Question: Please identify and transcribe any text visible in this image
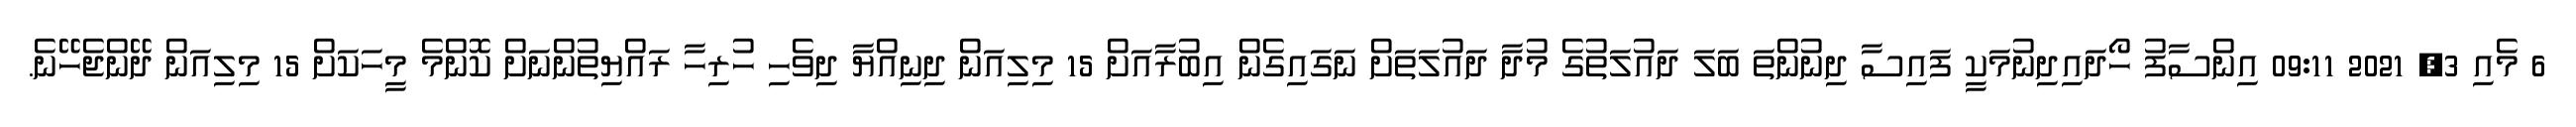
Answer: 6 މެއި 3, 2021 09:11 އިންސާފު ހޯދައިދިނުމަކީ ފައިސާ ދިނުންތަ ބަލަ ދައުލަތުގެ މުދާ ދައުލަތަށް ނަގައިގެން އިބުރާއަށް 15 މިލިއަން ދިނިއްޔާ ދިވެހި ހުރިހާ ރައްޔިތުންނަށް ކޮންމެ މީހަކަށް 15 މިލިއަން ދޭންޖެހޭނެ.